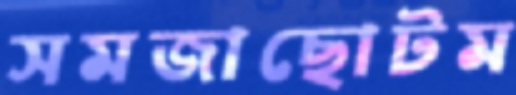
সমজাছোটম